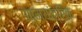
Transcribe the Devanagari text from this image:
उष्मयांत्रिक